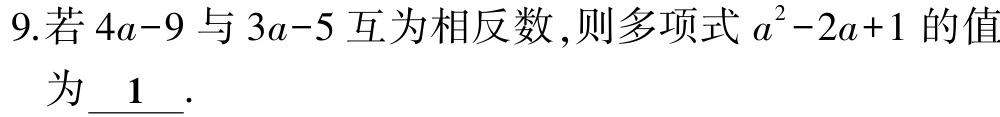
9.若\(4a - 9\)与\(3a - 5\)互为相反数,则多项式\(a^{2}-2a + 1\)的值为\(\underline{1}\).